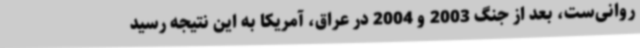
روانی‌ست، بعد از جنگ 2003 و 2004 در عراق، آمریکا به این نتیجه رسید